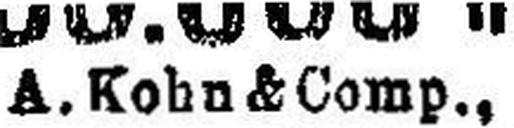
A. Kohn & Comp.,